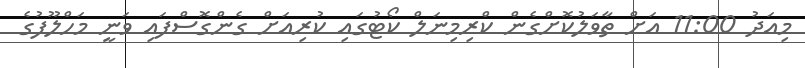
މިއަދު 11:00 އަށް ތާވަލުކޮށްގެން ކްރިމިނަލް ކޯޓުގައި ކުރިއަށް ގެންގޮސްފައި ވަނީ މަހްލޫފުގެ